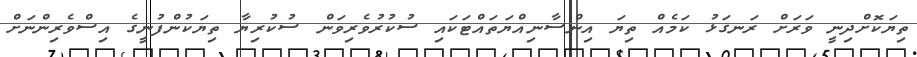
ތިޔަކޮޮށްދިނީ ވަރަށް ރަނގަޅު ކަމެއް ތިޔަ އިންސާނިއްޔަތައްޓަކައި ސުކުރުވެރިވަން ސުކުރިޔާ ތިޔަކުންފުނީގެ އިސްވެރިންނަށް